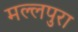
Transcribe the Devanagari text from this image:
मल्लपुरा